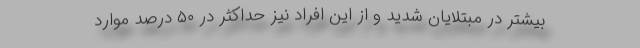
بیشتر در مبتلایان شدید و از این افراد نیز حداکثر در ۵۰ درصد موارد